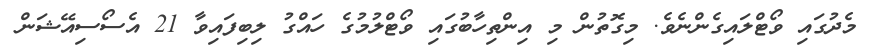
މެދުގައި ވޯޓްލައިގެންނެވެ. މިގޮތުން މި އިންތިހާބުގައި ވޯޓްލުމުގެ ހައްގު ލިބިފައިވާ 21 އެސޯސިއޭޝަން